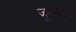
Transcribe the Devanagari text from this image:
जून्की